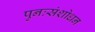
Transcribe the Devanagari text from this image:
पुनःसंशोधन